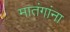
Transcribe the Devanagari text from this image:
मातंगांना